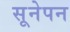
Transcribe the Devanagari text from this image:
सूनेपन